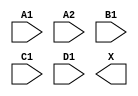
module sky130_fd_sc_hd__a2111o (
    //# {{data|Data Signals}}
    input  A1,
    input  A2,
    input  B1,
    input  C1,
    input  D1,
    output X
);

    // Voltage supply signals
    supply1 VPWR;
    supply0 VGND;
    supply1 VPB ;
    supply0 VNB ;

endmodule